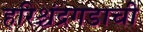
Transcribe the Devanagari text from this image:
हरिश्चंद्रगडाची